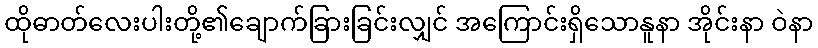
ထိုဓာတ်လေးပါးတို့၏ချောက်ခြားခြင်းလျှင် အကြောင်းရှိသောနူနာ အိုင်းနာ ဝဲနာ